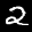
Label: 2